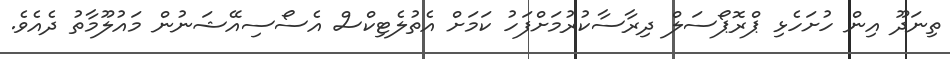
ތިނަދޫ އިން ހުށަހެޅި ޕްރޮޕޯސަލް ދިރާސާކުރުމަށްފަހު ކަމަށް އެތުލެޓިކްސް އެސޯސިއޭޝަނުން މައުލޫމާތު ދެއެވެ.